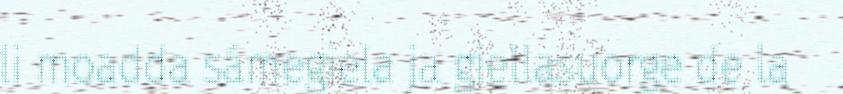
li moadda sámegiela ja giellasuorge de la